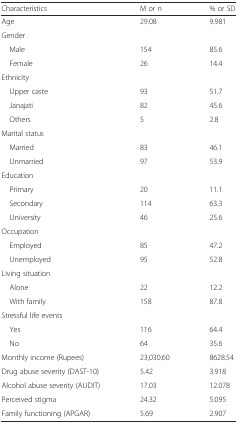
<table><thead><tr><td><b>Characteristics</b></td><td><b>M or n</b></td><td><b>% or SD</b></td></tr></thead><tbody><tr><td>Age</td><td>29.08</td><td>9.981</td></tr><tr><td colspan="3">Gender</td></tr><tr><td> Male</td><td>154</td><td>85.6</td></tr><tr><td> Female</td><td>26</td><td>14.4</td></tr><tr><td colspan="3">Ethnicity</td></tr><tr><td> Upper caste</td><td>93</td><td>51.7</td></tr><tr><td> Janajati</td><td>82</td><td>45.6</td></tr><tr><td> Others</td><td>5</td><td>2.8</td></tr><tr><td colspan="3">Marital status</td></tr><tr><td> Married</td><td>83</td><td>46.1</td></tr><tr><td> Unmarried</td><td>97</td><td>53.9</td></tr><tr><td colspan="3">Education</td></tr><tr><td> Primary</td><td>20</td><td>11.1</td></tr><tr><td> Secondary</td><td>114</td><td>63.3</td></tr><tr><td> University</td><td>46</td><td>25.6</td></tr><tr><td colspan="3">Occupation</td></tr><tr><td> Employed</td><td>85</td><td>47.2</td></tr><tr><td> Unemployed</td><td>95</td><td>52.8</td></tr><tr><td colspan="3">Living situation</td></tr><tr><td> Alone</td><td>22</td><td>12.2</td></tr><tr><td> With family</td><td>158</td><td>87.8</td></tr><tr><td colspan="3">Stressful life events</td></tr><tr><td> Yes</td><td>116</td><td>64.4</td></tr><tr><td> No</td><td>64</td><td>35.6</td></tr><tr><td>Monthly income (Rupees)</td><td>23,030.60</td><td>8628.54</td></tr><tr><td>Drug abuse severity (DAST-10)</td><td>5.42</td><td>3.918</td></tr><tr><td>Alcohol abuse severity (AUDIT)</td><td>17.03</td><td>12.078</td></tr><tr><td>Perceived stigma</td><td>24.32</td><td>5.095</td></tr><tr><td>Family functioning (APGAR)</td><td>5.69</td><td>2.907</td></tr></tbody></table>